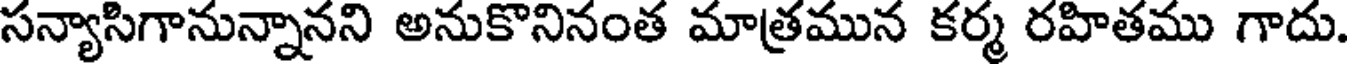
సన్యాసిగానున్నానని అనుకొనినంత మాత్రమున కర్మ రహితము గాదు.